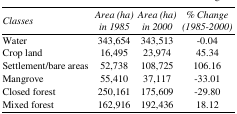
<table><thead><tr><td><b><i>Classes</i></b></td><td><b><i>Area (ha) in 1985</i></b></td><td><b><i>Area (ha) in 2000</i></b></td><td><b><i>% Change (1985–2000)</i></b></td></tr></thead><tbody><tr><td>Water</td><td>343,654</td><td>343,513</td><td>−0.04</td></tr><tr><td>Crop land</td><td>16,495</td><td>23,974</td><td>45.34</td></tr><tr><td>Settlement/bare areas</td><td>52,738</td><td>108,725</td><td>106.16</td></tr><tr><td>Mangrove</td><td>55,410</td><td>37,117</td><td>−33.01</td></tr><tr><td>Closed forest</td><td>250,161</td><td>175,609</td><td>−29.80</td></tr><tr><td>Mixed forest</td><td>162,916</td><td>192,436</td><td>18.12</td></tr></tbody></table>